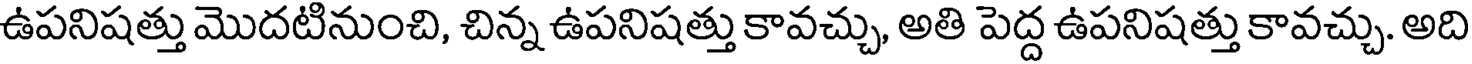
ఉపనిషత్తు మొదటినుంచి, చిన్న ఉపనిషత్తు కావచ్చు, అతి పెద్ద ఉపనిషత్తు కావచ్చు. అది